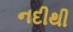
નદીથી